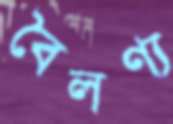
বৈলণ্য